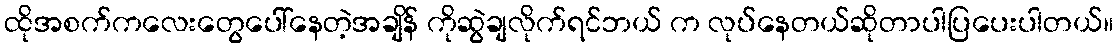
ထိုအစက်ကလေးတွေပေါ်နေတဲ့အချိန် ကိုဆွဲချလိုက်ရင်ဘယ် က လုပ်နေတယ်ဆိုတာပါပြပေးပါတယ်။